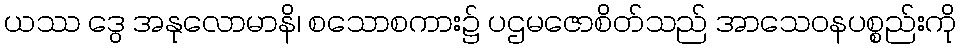
ယဿ ဒွေ အနုလောမာနိ၊ စသောစကား၌ ပဌမဇောစိတ်သည် အာသေဝနပစ္စည်းကို